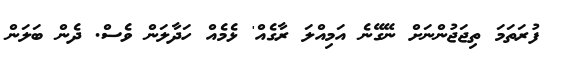
ފުރަތަމަ ތިޖަޖުންނަށް ނޭގޭނެ އަމިއްލަ ރާގެއް' ޅެމެއް ހަދާލަން ވެސް. ދެން ބަލަން